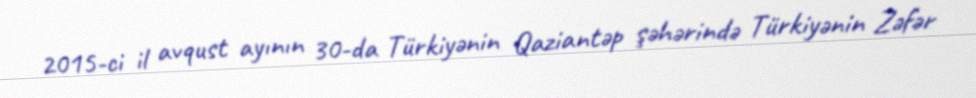
2015-ci il avqust ayının 30-da Türkiyənin Qaziantəp şəhərində Türkiyənin Zəfər